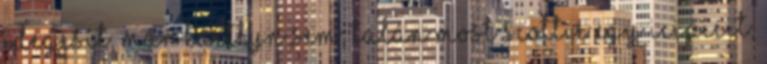
idegesít, már Kaitlyn sem, talán most Scottie egy icipicit,